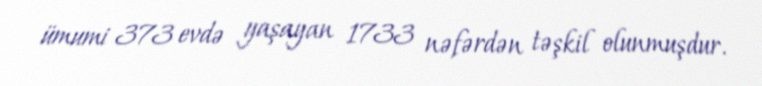
ümumi 373 evdə yaşayan 1733 nəfərdən təşkil olunmuşdur.